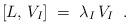
LaTeX: \begin{align*}\left[L,\, V_I \right] \;=\; \lambda_I \, V_I \;\;.\end{align*}